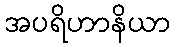
အပရိဟာနိယာ